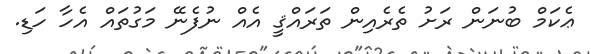
ޢެކަމް ބުނަން ރަށު ތެރެއިން ތަރައްޤީ އެއް ނުފެނޭ މަގުތައް އެހާ ހަޑި.